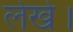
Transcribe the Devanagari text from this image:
लेखे।